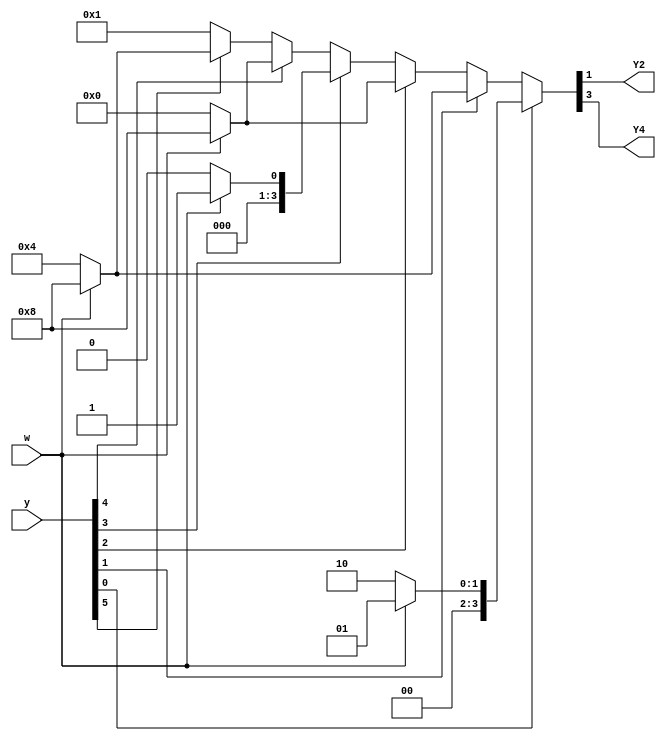
module top_module (
    input [6:1] y,
    input w,
    output Y2,
    output Y4);

    parameter A = 6'b000001,
              B = 6'b000010,
              C = 6'b000100,
              D = 6'b001000,
              E = 6'b010000,
              F = 6'b100000;

    parameter OneHotBitA = 1,
              OneHotBitB = 2,
              OneHotBitC = 3,
              OneHotBitD = 4,
              OneHotBitE = 5,
              OneHotBitF = 6;
    
    reg [6:1] state, next_state;
    
    assign state = y;
    assign Y2 = next_state[2];
    assign Y4 = next_state[4];
    
    always @(*) begin
        if (state[OneHotBitA])
            next_state = w ? A : B;
        else if (state[OneHotBitB])
            next_state = w ? D : C;
        else if (state[OneHotBitC])
            next_state = w ? D : E;
        else if (state[OneHotBitD])
            next_state = w ? A : F;
        else if (state[OneHotBitE])
            next_state = w ? D : E;
        else if (state[OneHotBitF])
            next_state = w ? D : C;
        else
            next_state = A;
    end
    
endmodule